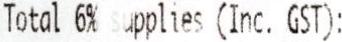
TOTAL 6% SUPPLIES (INC. GST):